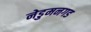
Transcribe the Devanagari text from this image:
नेडुमनगड